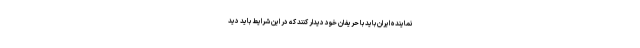
نماینده ایران باید با حریفان خود دیدار کنند که در این شرایط باید دید